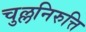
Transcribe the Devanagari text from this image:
चुल्लनिरुत्ति